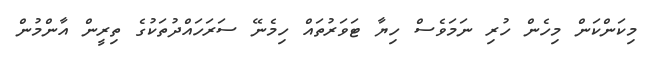
މިކަންކަން މިހެން ހުރި ނަމަވެސް ހިޔާ ޓަވަރުތައް ހިމެނޭ ސަރަހައްދުތަކުގެ ތިރީން އާންމުން